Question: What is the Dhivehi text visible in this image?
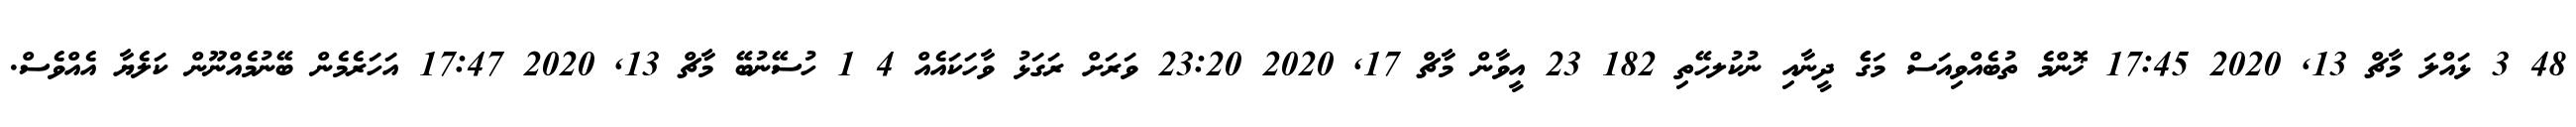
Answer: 48 3 ޅައްލަ މާޗް 13, 2020 17:45 ޚޮންމެ ތުބެއްވިއަސް މަގެެ ދީނާއި ނުކުލހޭތި 182 23 އީވާން މާޗް 17, 2020 23:20 ވަރަށް ރަގަޅު ވާހަކައެއް 4 1 ހުސޭނުބޭ މާޗް 13, 2020 17:47 އަހަރެމެން ބޭނުމެއްނޫން ކަލެޔާ އެއްވެސް.